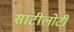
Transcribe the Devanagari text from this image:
साटीलोटी